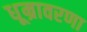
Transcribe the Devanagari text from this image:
धूम्रावरणा